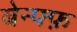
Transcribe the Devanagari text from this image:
बेन्फ्फ़